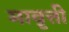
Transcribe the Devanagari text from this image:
मावृत्ती